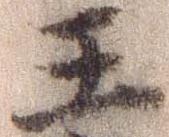
王